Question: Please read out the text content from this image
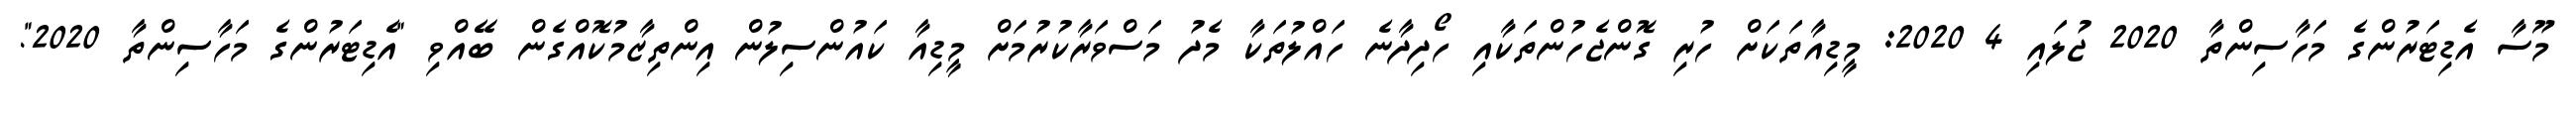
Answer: މޫސާ އެޑިޓަރުންގެ މަހާސިންތާ 2020 ޖުލައި 4 2020: މީޑިއާތަކަށް ހުރި ގޮންޖެހުންތަކާއި ހޯދިދާނެ ހައްލުތަކާ މެދު މަސްވަރާކުރުމަށް މީޑިއާ ކައުންސިލުން އިންތިޒާމުކޮއްގެން ބޭއްވި "އެޑިޓަރުންގެ މަހާސިންތާ 2020".